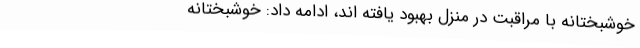
خوشبختانه با مراقبت در منزل بهبود یافته اند، ادامه داد: خوشبختانه